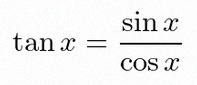
\tan x=\frac{\sin x}{\cos x}